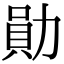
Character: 勛